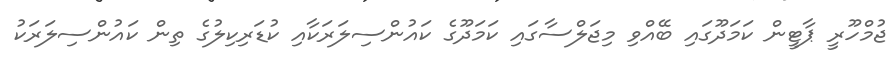
ޖުމްހޫރީ ޕާޓީން ކަމަދޫގައި ބޭއްވި މިޖަލްސާގައި ކަމަދޫގެ ކައުންސިލަރަކާއި ކުޑަރިކިލުގެ ތިން ކައުންސިލަރަކު